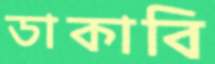
ডাকাবি